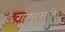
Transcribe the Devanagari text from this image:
गुंत्यामुळे